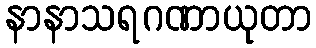
နာနာသရဂဏာယုတာ